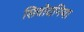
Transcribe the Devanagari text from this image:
सिवोदनिया